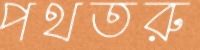
পথতরু